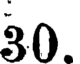
30.